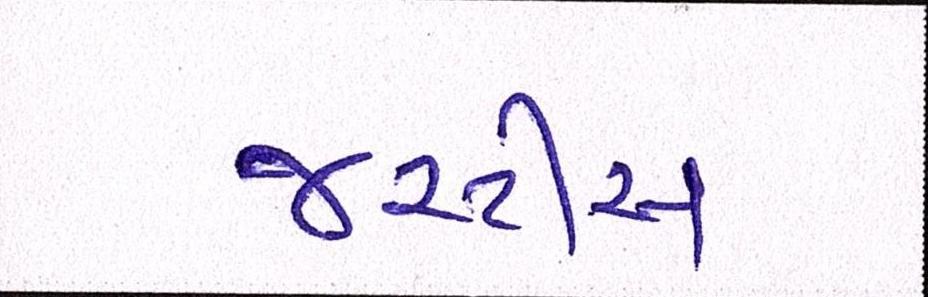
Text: જસ્ટીસ